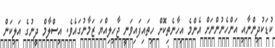
ކުޑަކުދިންނާއި އަންހެނުންނަށް އެންމެ އިހާނެތިކޮށް ހިތައިފައިވަނީ ޖާހިލިއްޔަ ޒަމާނުގައެވެ. އިސްލާމް ދީނުގެ އަލިކަން